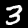
Digit: 3